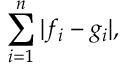
\sum _ { i = 1 } ^ { n } | f _ { i } - g _ { i } | ,